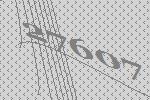
27607